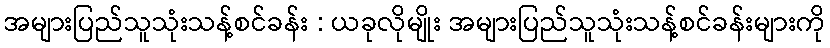
အများပြည်သူသုံးသန့်စင်ခန်း : ယခုလိုမျိုး အများပြည်သူသုံးသန့်စင်ခန်းများကို